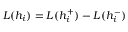
L ( h _ { i } ) = L ( h _ { i } ^ { + } ) - L ( h _ { i } ^ { - } )